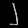
Digit: ၂